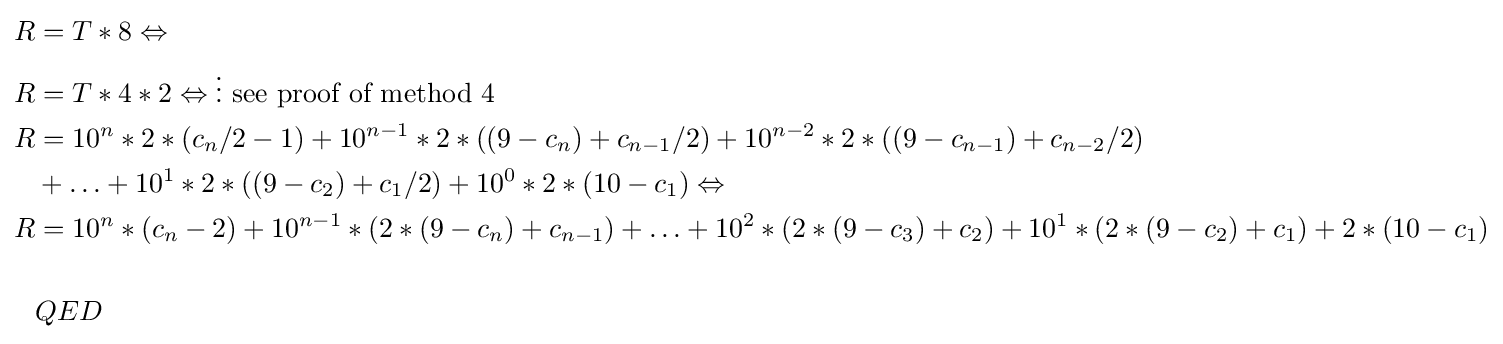
{\begin{aligned}R&=T*8\Leftrightarrow \\R&=T*4*2\Leftrightarrow \vdots {\mbox{ see proof of method 4}}\\R&=10^{n}*2*(c_{n}/2-1)+10^{n-1}*2*((9-c_{n})+c_{n-1}/2)+10^{n-2}*2*((9-c_{n-1})+c_{n-2}/2)\\&+\ldots +10^{1}*2*((9-c_{2})+c_{1}/2)+10^{0}*2*(10-c_{1})\Leftrightarrow \\R&=10^{n}*(c_{n}-2)+10^{n-1}*(2*(9-c_{n})+c_{n-1})+\ldots +10^{2}*(2*(9-c_{3})+c_{2})+10^{1}*(2*(9-c_{2})+c_{1})+2*(10-c_{1})\\\\&QED\end{aligned}}